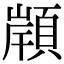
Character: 𩓤